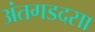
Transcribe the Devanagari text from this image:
अंतगडदसा